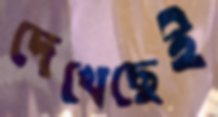
দেখেছেই